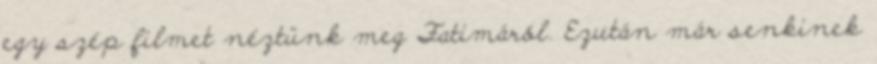
egy szép filmet néztünk meg Fatimáról. Ezután már senkinek